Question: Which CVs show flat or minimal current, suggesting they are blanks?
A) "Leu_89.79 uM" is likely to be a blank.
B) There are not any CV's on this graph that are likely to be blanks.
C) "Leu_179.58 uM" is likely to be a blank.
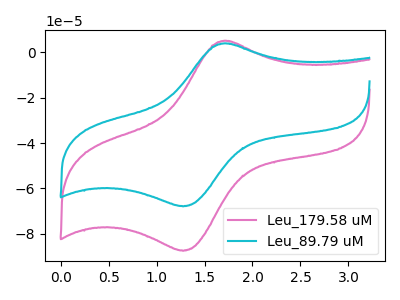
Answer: <think>The pink curve "Leu_179.58 uM" has an anodic peak at (1.75V, 5.05uA) and a cathodic peak at (1.30V, -87.55uA). The cyan curve "Leu_89.79 uM" has an anodic peak at (1.75V, 3.90uA) and a cathodic peak at (1.30V, -67.90uA).</think>
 <answer>B) There are not any CV's on this graph that are likely to be blanks.</answer>
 <eval>B</eval>